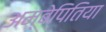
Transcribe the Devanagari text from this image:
अम्बेपितिया